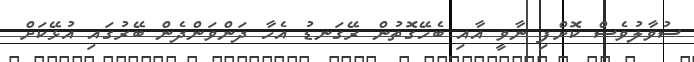
ސުވާލުވެސް ކޮށްފި ނާވީ އާއި ބެހޭގޮތުން ރޭގަނޑު އެހާ ދަންވަންދެން ބޭރުގައި އުޅޭކަށް